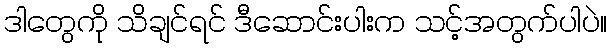
ဒါတွေကို သိချင်ရင် ဒီဆောင်းပါးက သင့်အတွက်ပါပဲ။